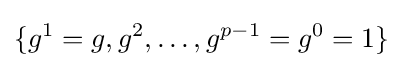
\{g^{1}=g,g^{2},\ldots ,g^{p-1}=g^{0}=1\}